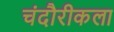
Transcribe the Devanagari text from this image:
चंदौरीकला